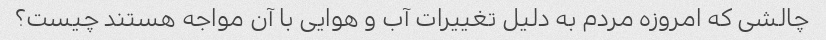
چالشی که امروزه مردم به دلیل تغییرات آب و هوایی با آن مواجه هستند چیست؟